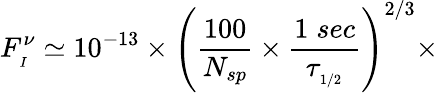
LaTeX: F_{_{I}}^{\nu}\simeq 10^{-13}\times\left(\frac{100}{N_{sp}}\times\frac{1\; sec}{\tau_{_{1/2}}}\right)^{2/3}\times